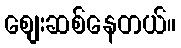
စျေးဆစ်နေတယ်။